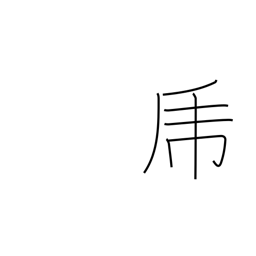
Meaning: brave